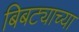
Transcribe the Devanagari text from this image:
बिबट्याच्या